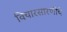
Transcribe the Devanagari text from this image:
विचारसारणीचे